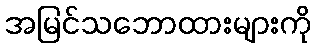
အမြင်သဘောထားများကို